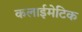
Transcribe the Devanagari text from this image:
कलाईमेटिक